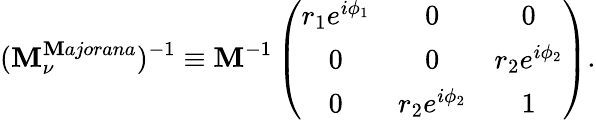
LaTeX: (\mathbf{M}_{\nu}^{\mathbf{M}ajorana})^{-1}\equiv\mathbf{M}^{-1}\left(\begin{array}{ccc}{{r_{1}e^{i\phi_{1}}}}&{{0}}&{{0\strut}}\\ {{0}}&{{0}}&{{r_{2}e^{i\phi_{2}}\strut}}\\ {{0}}&{{r_{2}e^{i\phi_{2}}}}&{{1}}\end{array}\right).